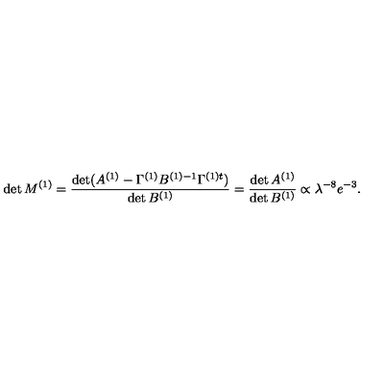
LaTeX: \det M ^ { ( 1 ) } = \frac { \det ( A ^ { ( 1 ) } - \Gamma ^ { ( 1 ) } B ^ { ( 1 ) - 1 } \Gamma ^ { ( 1 ) t } ) } { \det B ^ { ( 1 ) } } = \frac { \det A ^ { ( 1 ) } } { \det B ^ { ( 1 ) } } \propto \lambda ^ { - 8 } e ^ { - 3 } .